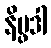
နိပ္ဖဒါ